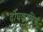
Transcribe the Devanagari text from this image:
दीघकालिक